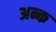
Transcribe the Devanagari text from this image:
अन्क